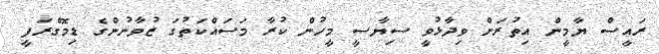
ރައީސް ޔާމީން އިތުރަށް ވިދާޅުވީ ސިޔާސީ މީހުން ކުރާ މަސައްކަތުގަ ޒުވާނުންގެ ޑިމޮގްރަފީ